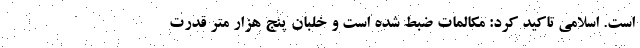
است. اسلامی تاکید کرد:‌ مکالمات ضبط شده است و خلبان پنج هزار متر قدرت